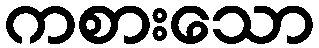
ကစားသော